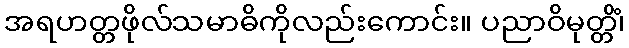
အရဟတ္တဖိုလ်သမာဓိကိုလည်းကောင်း။ ပညာဝိမုတ္တိံ၊